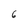
Character: 6